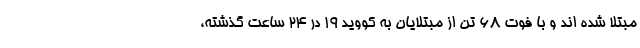
مبتلا شده اند و با فوت ۶۸ تن از مبتلایان به کووید ۱۹ در ۲۴ ساعت گذشته،